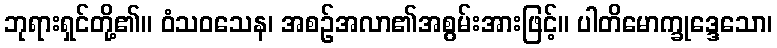
ဘုရားရှင်တို့၏။ ဝံသဝသေန၊ အစဉ်အလာ၏အစွမ်းအားဖြင့်။ ပါတိမောက္ခုဒ္ဒေသော၊